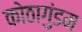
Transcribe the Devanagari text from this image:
कोठागुंडम